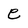
Character: e